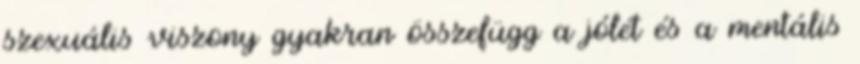
szexuális viszony gyakran összefügg a jólét és a mentális